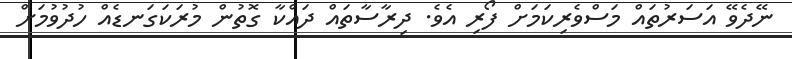
ނޭދެވޭ އަސަރުތައް މަސްވެރިކަމަށް ފޯރި އެވެ. ދިރާސާތައް ދައްކާ ގޮތުން މުރަކަގަނޑެއް ހުދުވުމަށް